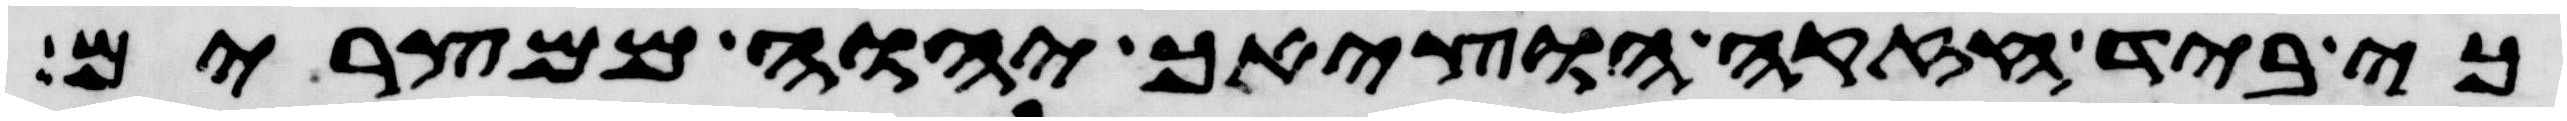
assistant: כי ביד חזקה הוציאך יהוה ממצרים